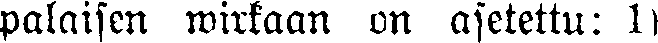
palaisen wirkaan on asetettu: 1)